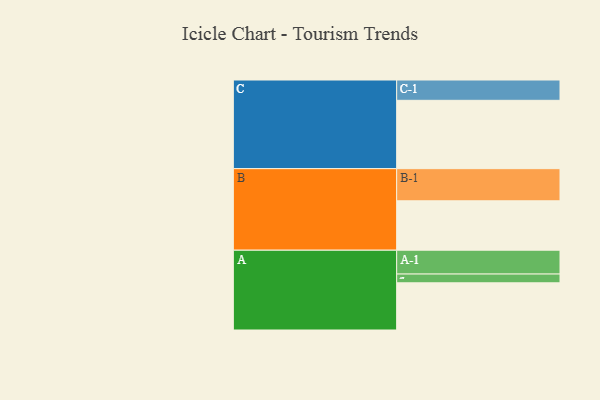
{"axis": {"x": "Segment", "y": "Value"}, "legend": ["", "A", "B", "C"], "data": [{"x": "A", "y": 404, "type": ""}, {"x": "B", "y": 423, "type": ""}, {"x": "C", "y": 585, "type": ""}, {"x": "A-1", "y": 204, "type": "A"}, {"x": "A-2", "y": 75, "type": "A"}, {"x": "B-1", "y": 275, "type": "B"}, {"x": "C-1", "y": 174, "type": "C"}]}